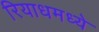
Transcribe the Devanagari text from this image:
रियाधमध्ये